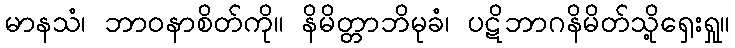
မာနသံ၊ ဘာဝနာစိတ်ကို။ နိမိတ္တာဘိမုခံ၊ ပဋိဘာဂနိမိတ်သို့ရှေးရှု။